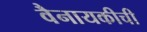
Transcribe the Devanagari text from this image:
वैनायकीची